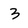
Character: 3